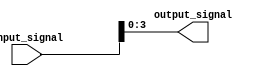
module bit_select_example (
    input [7:0] input_signal,
    output [3:0] output_signal
);

assign output_signal = input_signal[3:0];

endmodule